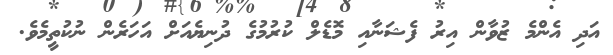
އަދި އެންމެ ޒުވާން އިރު ފެޝަނާއި މޮޑެލް ކުރުމުގެ ދުނިޔެއަށް އަހަރެން ނުކުތީމެވެ.